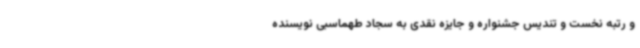
و رتبه نخست و تندیس جشنواره و جایزه نقدی به سجاد طهماسبی نویسنده